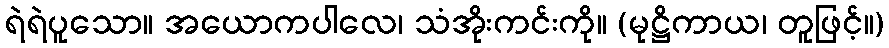
ရဲရဲပူသော။ အယောကပါလေ၊ သံအိုးကင်းကို။ (မုဋ္ဌိကာယ၊ တူဖြင့်။)